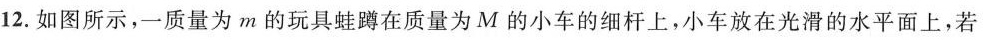
12.如图所示，一质量为m的玩具蛙蹲在质量为M的小车的细杆上，小车放在光滑的水平面上，若